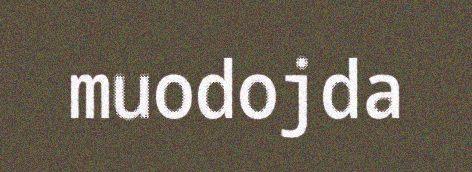
muodojda